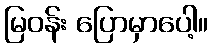
မြဝန်း ပြောမှာပေါ့။